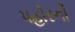
પહોરની